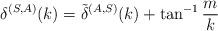
LaTeX: \begin{align*}\delta^{(S,A)}(k) = \tilde \delta^{(A,S)}(k) + \tan^{-1}\frac{m}{k}\end{align*}